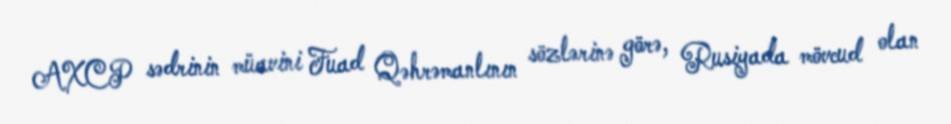
AXCP sədrinin müavini Fuad Qəhrəmanlının sözlərinə görə, Rusiyada mövcud olan